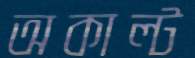
অকাল্ট